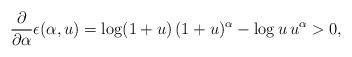
\begin{align*}\frac{\partial}{\partial\alpha} \epsilon(\alpha,u) = \log(1+u)\, (1+u)^{\alpha} - \log u \, u^{\alpha} >0,\end{align*}